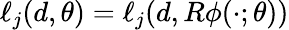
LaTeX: \ell_{j}(d,\theta)=\ell_{j}(d,R\phi(\cdot;\theta))